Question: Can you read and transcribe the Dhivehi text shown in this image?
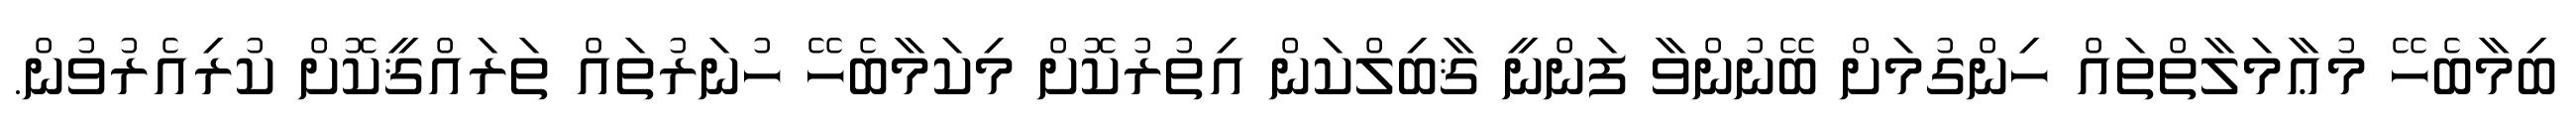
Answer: ބިމާބެހޭ މުޢާމަލާތްތައް ހިންގުމަށް ބޭނުންވާ ފަންނީ ޤާބިލްކަން އިތުރުކޮށް މިކަމާބެހޭ ހުނަރުތައް ތަރައްޤީކޮށް ކުރިއެރުވުން.